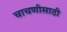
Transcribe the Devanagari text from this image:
चाचणीसाठी